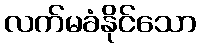
လက်မခံနိုင်သော